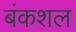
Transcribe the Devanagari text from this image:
बंकशल